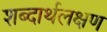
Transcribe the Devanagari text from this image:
शब्दार्थलक्षण